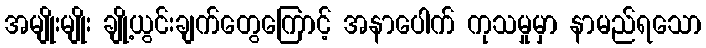
အမျိုးမျိုး ချို့ယွင်းချက်တွေကြောင့် အနာပေါက် ကုသမှုမှာ နာမည်ရသော